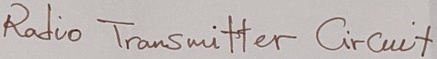
Text: Radio Transmitter Circuilt